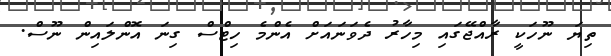
ތިޔަ ނޫހަކީ ރާއްޖޭގައި މިހާރު ދެވަނައަށް އެންމެ ހިޓްސް ގިނަ އޮންލައިން ނޫސް.